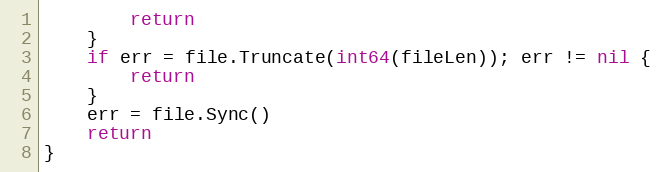
Language: Go
		return
	}
	if err = file.Truncate(int64(fileLen)); err != nil {
		return
	}
	err = file.Sync()
	return
}